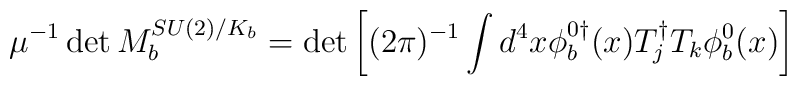
\mu^{-1} \det M_b^{SU(2)/K_b}  = \det \left[ (2\pi)^{-1}  \int d^4x      \phi_b^{0\dagger}(x)T_j^\dagger T_k \phi_b^0(x) \right]